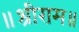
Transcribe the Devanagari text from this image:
॥श्रीराम॥